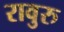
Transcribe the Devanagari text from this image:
रावुरु